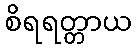
စိရရတ္တာယ